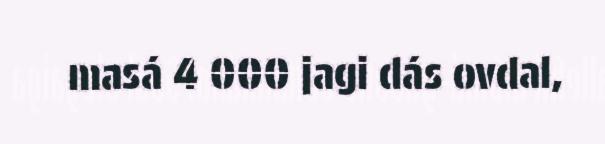
masá 4 000 jagi dás ovdal,